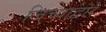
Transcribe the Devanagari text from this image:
जिच्याद्वारे